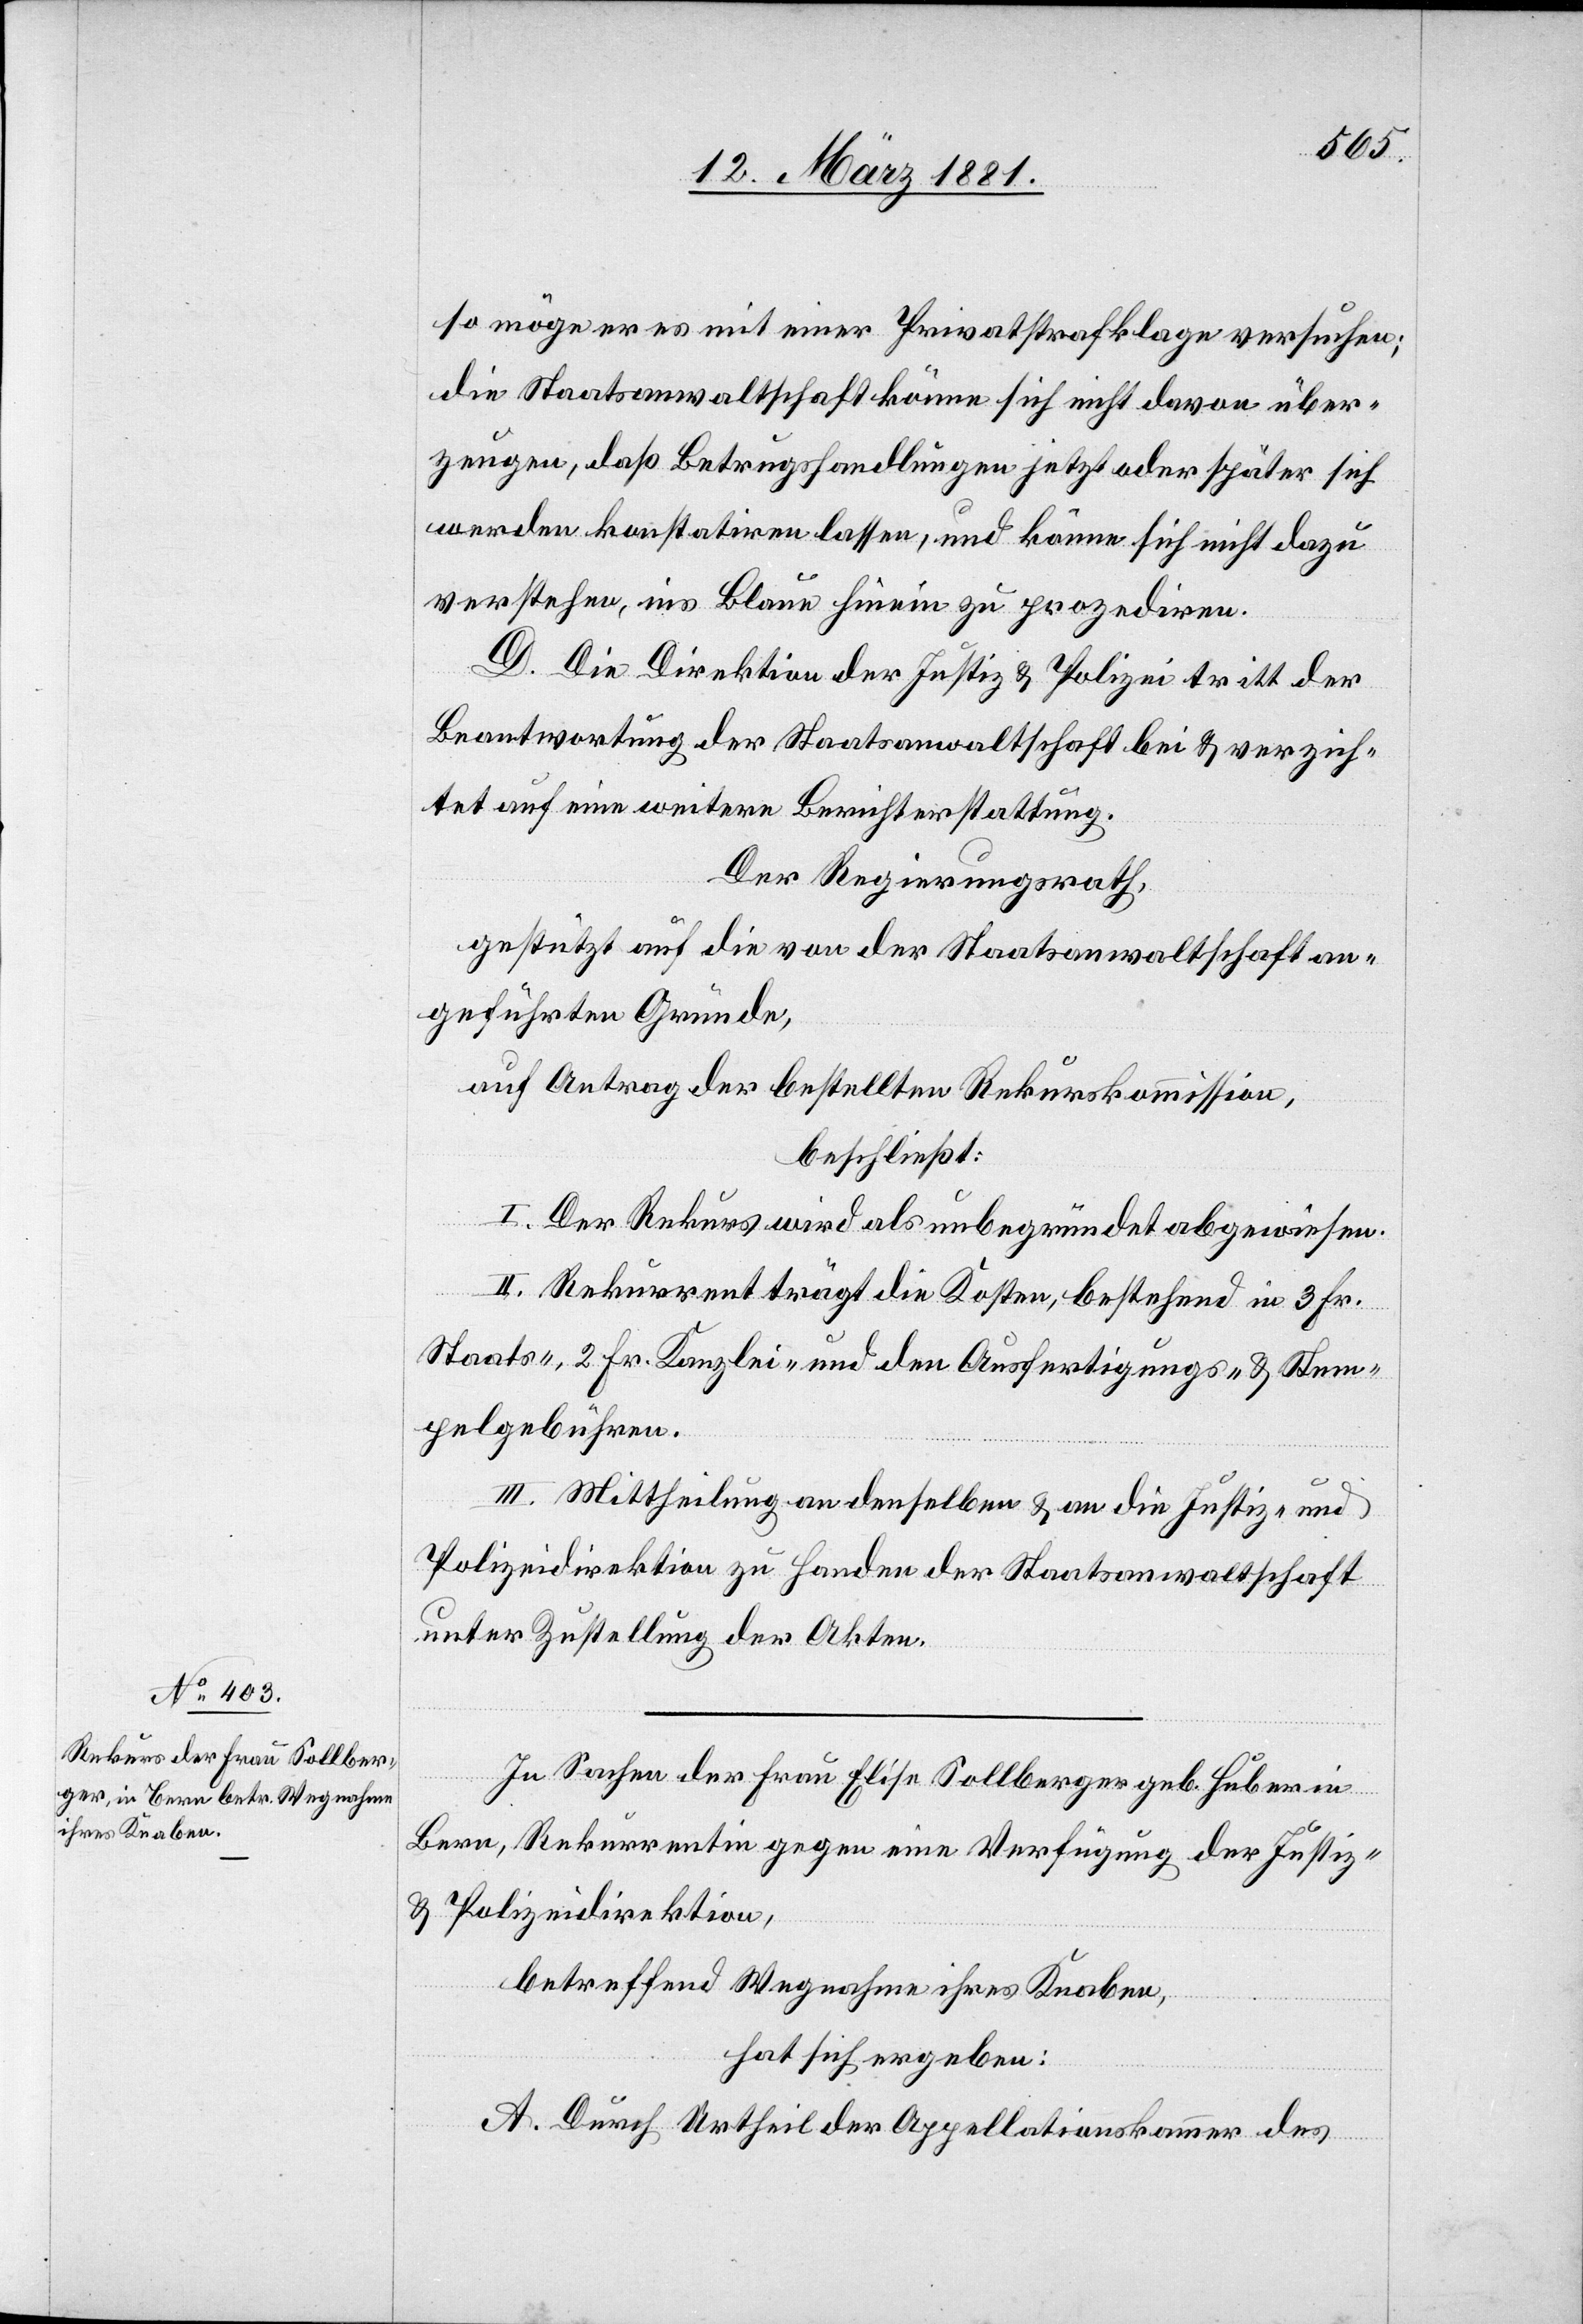
so möge er es mit einer Privatstrafklage versuchen;
die Staatsanwaltschaft könne sich nicht davon über¬
zeugen, daß Betrugshandlungen jetzt oder später sich
werden konstatiren lassen, und könne sich nicht dazu
verstehen ins Blaue hinein zu prozediren.
D. Die Direktion der Justiz & Polizei tritt der
Beantwortung der Staatsanwaltschaft bei & verzich¬
tet auf eine weitere Berichterstattung.
Der Regierungsrath,
gestützt auf die von der Staatsanwaltschaft an¬
geführten Gründe,
auf Antrag der bestellten Rekurskommission,
beschließt:
I. Der Rekurs wird als unbegründet abgewiesen.
II. Rekurrent trägt die Kosten, bestehend in 3 Fr.
Staats-, 2 Fr. Kanzlei- und den Ausfertigungs- & Stem¬
pelgebühren.
III. Mittheilung an denselben & an die Justiz- und
Polizeidirektion zu Handen der Staatsanwaltschaft
unter Zustellung der Akten.
In Sachen der Frau Elise Sollberger geb. Huber in
Bern, Rekurrenten gegen eine Verfügung der Justiz-
& Polizeidirektion,
betreffend Wegnahme ihres Knaben,
hat sich ergeben:
A. Durch Urtheil der Appellationskammer des